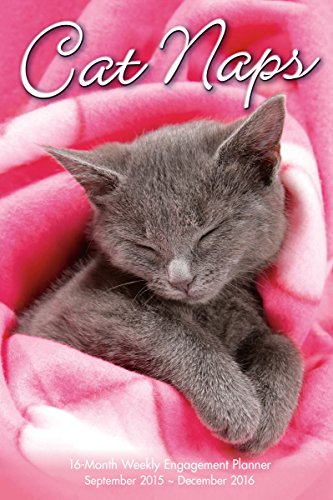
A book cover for Cat Naps 2016 Engagement Calendar; Sellers Publishing; Calendars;